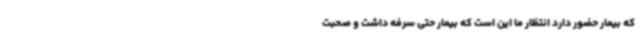
که بیمار حضور دارد انتظار ما این است که بیمار حتی سرفه داشت و صحبت